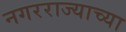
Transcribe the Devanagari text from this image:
नगरराज्याच्या